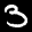
Label: 3